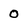
Character: 0